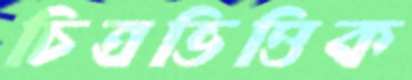
চিত্রভিত্তিক